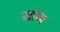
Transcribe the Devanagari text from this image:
सांख